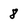
Character: 8